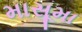
માસૂમા